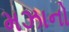
મઝાનો